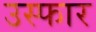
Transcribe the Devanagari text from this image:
उस्फार